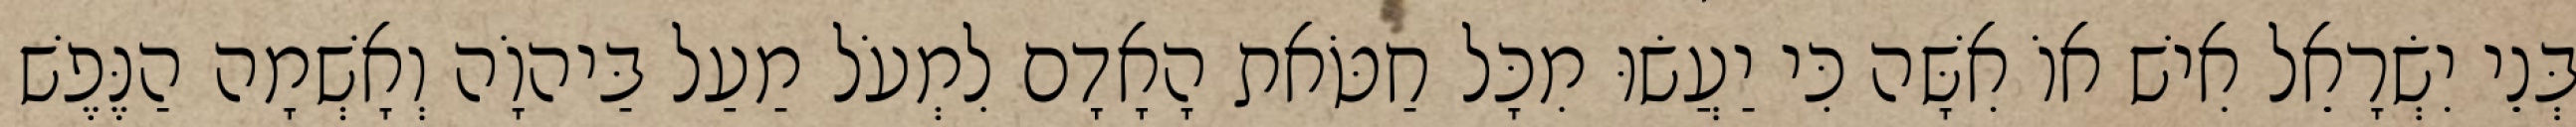
בְּנֵי יִשְׂרָאֵל אִישׁ אוֹ אִשָּׁה כִּי יַעֲשׂוּ מִכָּל חַטֹּאת הָאָדָם לִמְעֹל מַעַל בַּיהוָֹה וְאָשְׁמָה הַנֶּפֶשׁ